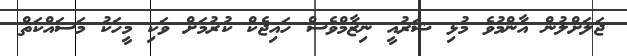
ޖަލަށްލުން އާންމުވެ މުޅި ޝަރުއީ ނިޒާމްވެސް ހައިޖެކް ކުރުމަށް ވަކި މީހަކު މަސައްކަތް